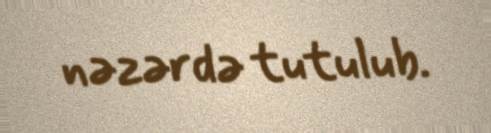
nəzərdə tutulub.